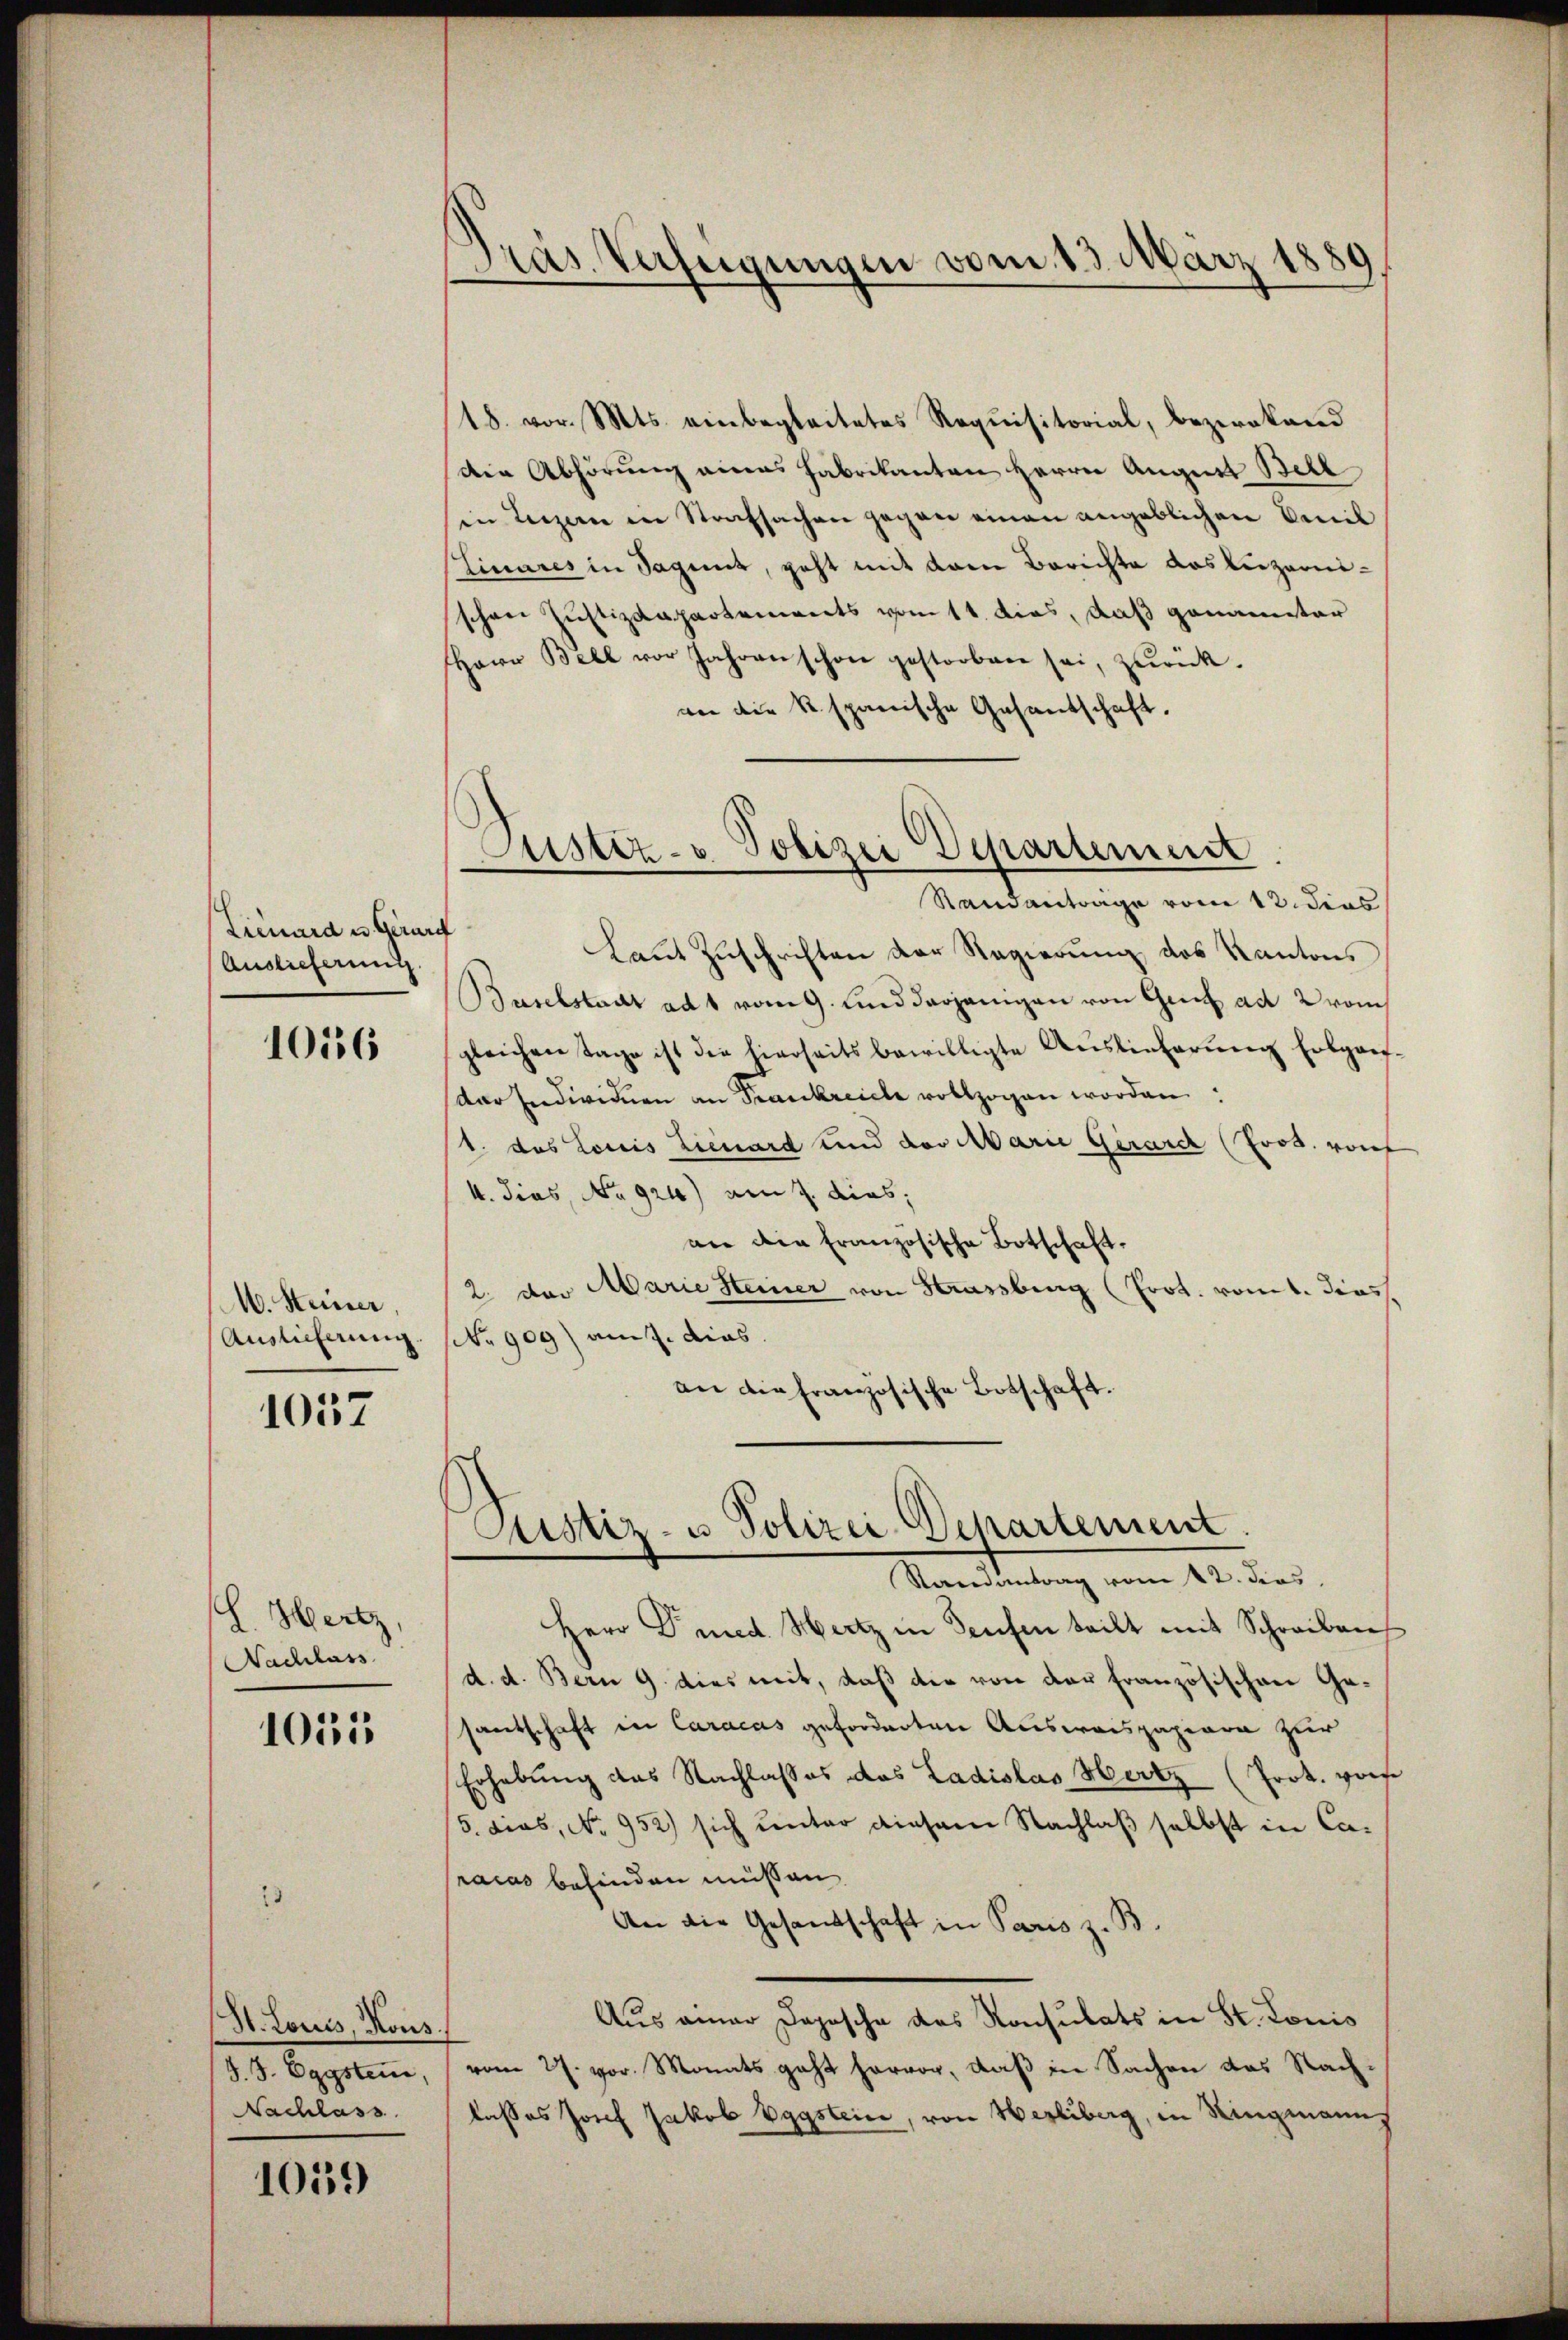
Lienard u Girard
Auslieferung.

1056

M. Steiner,
Auslieferung.

1037

l. Hertz,
Nachlass

1051

St. Louiss, Kons.
§. 3. Eggsten,
Nachlass

1059

ras Verfügungen vom 13. März 1889

18. vor. Mts. einbegleitetes Requisitorial, bezirkend
Die Abhörung eines Fabrikanton Herrn August Bell
in Luzern in Strafsachen gegen einen angeblichen Emil
Einares in Sagent, geht mit drei Berichte das Luzernschon Justizdepartements vom 11. dies, daß genannter
Herr Bell vor Jahren schon gestorben sei, zŭrück.
an die K. spanische Gesantschaft.
Laut Zuschriften der Regierung des Kanton,
Baselstadt ad 1 vom 9. Sind derjenigen von Graf ad 2 vom
gleichen Tage ist die hierseits bewilligte Auslieferŭng folgaef-
der Individuen an Frankreiche vollzogen worden:
1. das Louis Lieuard und der Marie Gerard (Prod. vorf
4. dies, No 924) am 7. dies,
an die französische Botschaft.
2. der Marie Steiner von Strassburg (Prot. vom 1. dies
No 909) am 7. dies
an die französische Botschaft.

Justiz- & Polizei Departement
Randantrage vom 12. dies

Pustiz- u. Polizei-Departement.
Randantrag vom 12. dies

Herr Pred Heitz in Teufen teilt mit Schreiben
d. d. Bern 9. dies mit, daß die von der Französischen Gesantschaft in Caracas geforderten Ausweispapiere zur
Erhebung des Nachlasses das Ladislas Hertz (Prok. Hofe
/5. dies, No 952) sich unter diesem Nachlaß selbst in Caracas befinden müssen
An die Gesandtschaft in Paris z. B.
Aus einer Depesche das Konsulats in St. Louis
vom 27. vor. Monats geht hervor, daß in Sachen das Nachlasses Josef Jakob Vggstein, von Werliberg, in Ringmanns